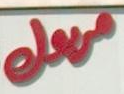
مريول